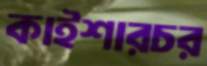
কাইশারচর